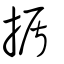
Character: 揗